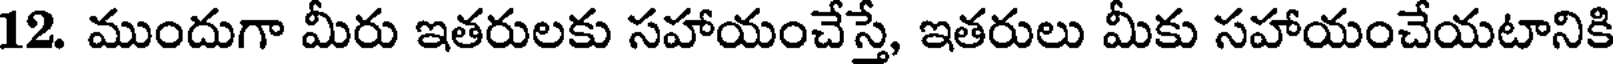
12. ముందుగా మీరు ఇతరులకు సహాయంచేస్తే, ఇతరులు మీకు సహాయంచేయటానికి